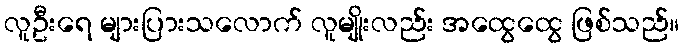
လူဦးရေ များပြားသလောက် လူမျိုးလည်း အထွေထွေ ဖြစ်သည်။